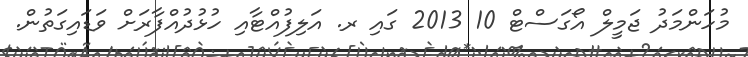
މުހަންމަދު ޖަމީލް އޯގަސްޓް 10 2013 ގައި ރ. އަލިފުއްޓާއި ހުޅުދުއްފާރަށް ވަޑައިގަތުން.